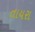
તાયરા